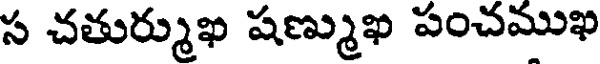
స చతుర్ముఖ షణ్ముఖ పంచముఖ